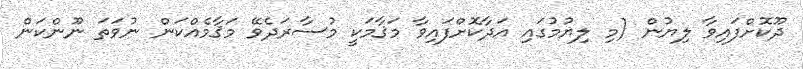
ދޫކޮށްފައިވާ ލިޔުން (މި ލިޔުމުގައި އަދާކޮށްފައިވާ މަޤާމަކީ މުސާރަދެވޭ މަޤާމެއްކަން ނުވަތަ ނޫންކަން